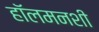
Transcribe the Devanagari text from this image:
हॉलमनशी